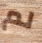
لم